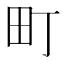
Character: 町